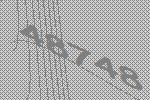
48748